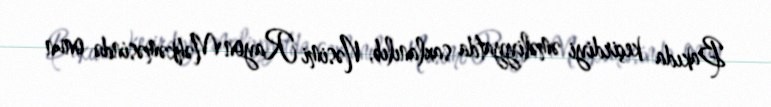
Bakıda keçirdiyi əməliyyatda saxlanılıb, Nəsimi Rayon Məhkəməsində onun